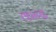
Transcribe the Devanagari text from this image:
कन्‍द